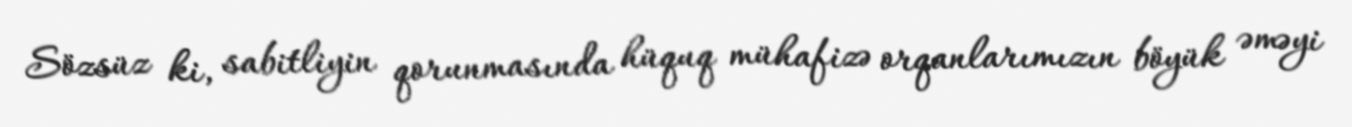
Sözsüz ki, sabitliyin qorunmasında hüquq mühafizə orqanlarımızın böyük əməyi